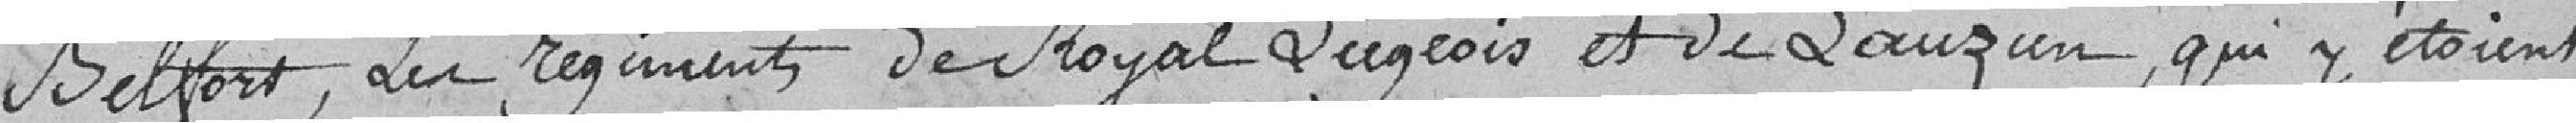
Belfort, les régiments de Royal Liégeois et de Lauzun, qui y étaient